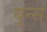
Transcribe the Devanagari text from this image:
बून्स